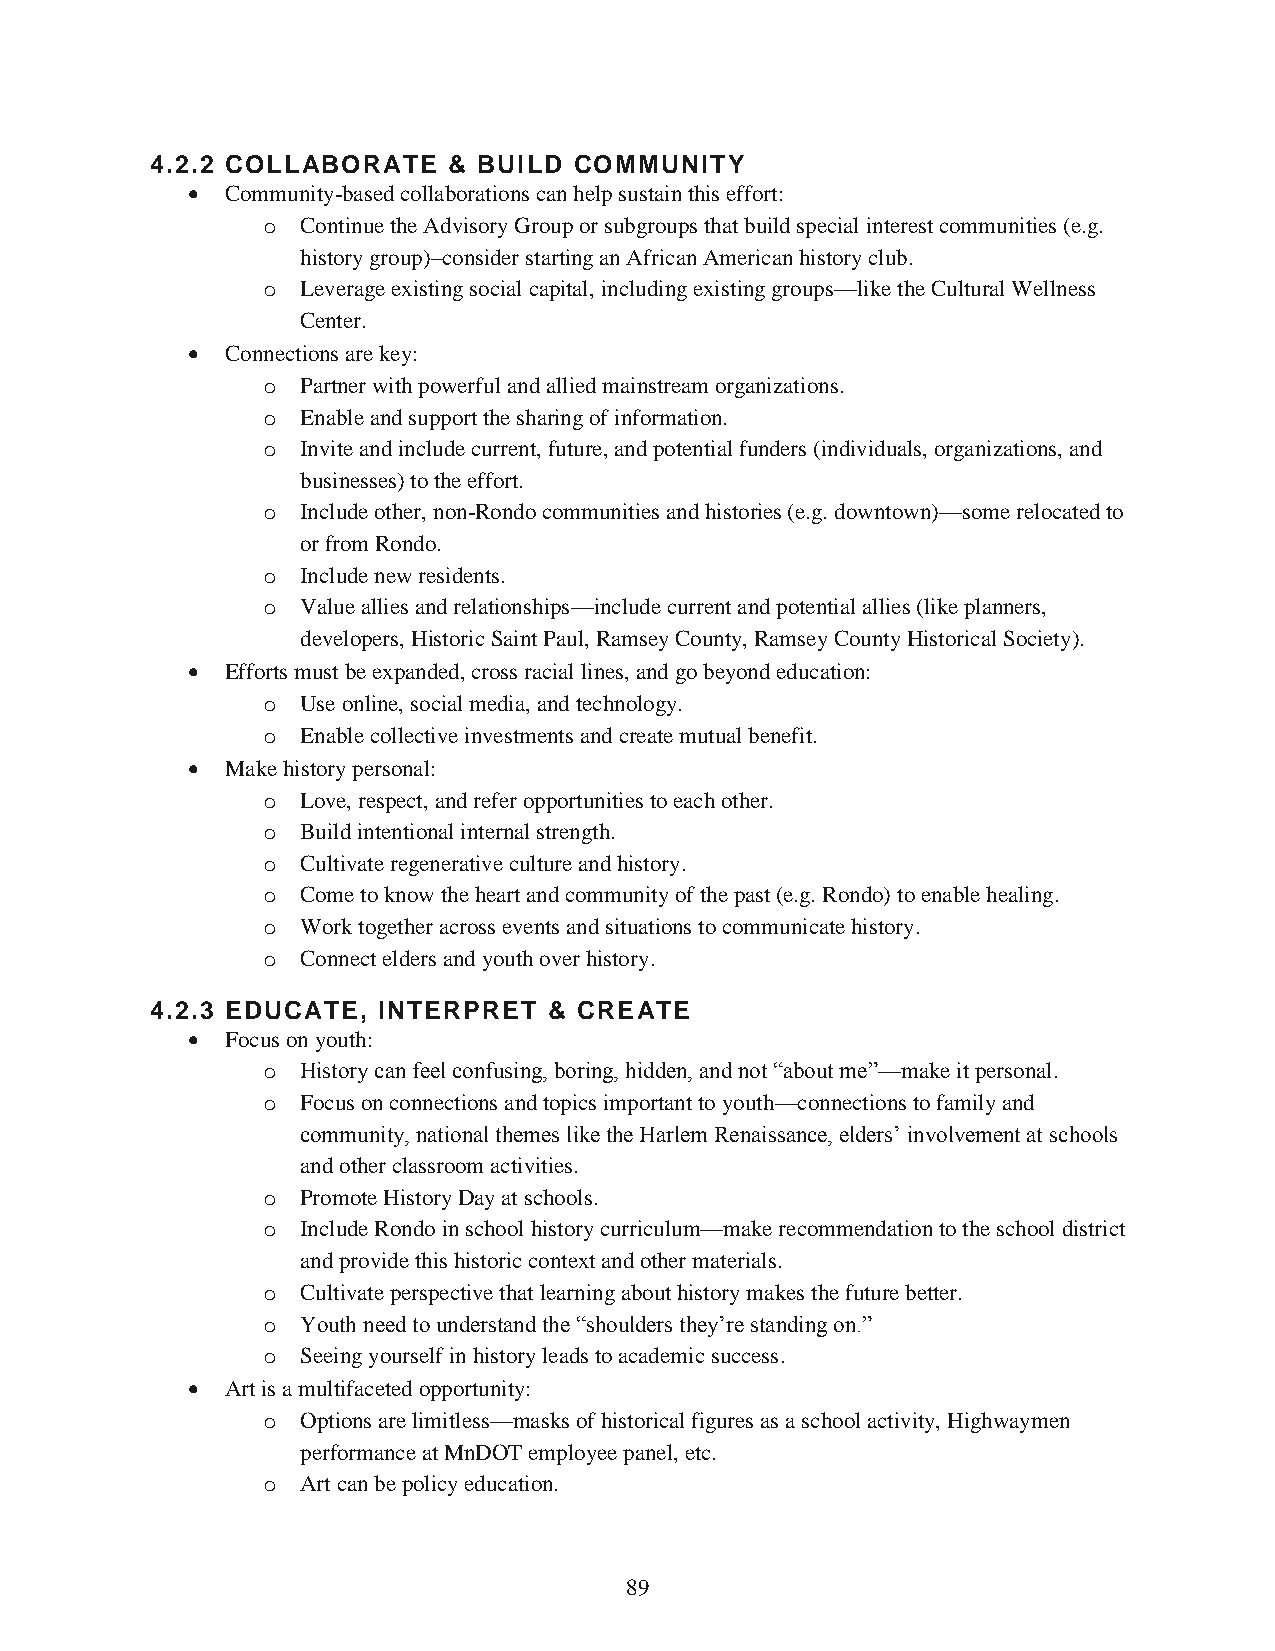
4.2.2 COLLABORATE   & BUILD COMMUNITY
   Community-based collaborations can help sustain this effort:
 o  Continue the Advisory Group or subgroups that build special interest communities (e.g.
 history group)–consider starting an African American history club.
 o  Leverage existing social capital, including existing groups—like the Cultural Wellness
 Center.
   Connections are key:
 o  Partner with powerful and allied mainstream organizations.
 o  Enable and support the sharing of information.
 o  Invite and include current, future, and potential funders (individuals, organizations, and
 businesses) to the effort.
 o  Include other, non-Rondo communities and histories (e.g. downtown)—some relocated to
 or from Rondo.
 o  Include new residents.
 o  Value allies and relationships—include current and potential allies (like planners,
 developers, Historic Saint Paul, Ramsey County, Ramsey County Historical Society).
   Efforts must be expanded, cross racial lines, and go beyond education:
 o  Use online, social media, and technology.
 o  Enable collective investments and create mutual benefit.
   Make history personal:
 o  Love, respect, and refer opportunities to each other.
 o  Build intentional internal strength.
 o  Cultivate regenerative culture and history.
 o  Come to know the heart and community of the past (e.g. Rondo) to enable healing.
 o  Work together across events and situations to communicate history.
 o  Connect elders and youth over history.
 4.2.3 EDUCATE, INTERPRET  & CREATE
   Focus on youth:
 o  History can feel confusing, boring, hidden, and not “about me”—make it personal.
 o  Focus on connections and topics important to youth—connections to family and
 community, national themes like the Harlem Renaissance, elders’ involvement at schools
 and other classroom activities.
 o  Promote History Day at schools.
 o  Include Rondo in school history curriculum—make recommendation to the school district
 and provide this historic context and other materials.
 o  Cultivate perspective that learning about history makes the future better.
 o  Youth need to understand the “shoulders they’re standing on.”
 o  Seeing yourself in history leads to academic success.
   Art is a multifaceted opportunity:
 o  Options are limitless—masks of historical figures as a school activity, Highwaymen
 performance at MnDOT employee panel, etc.
 o  Art can be policy education.
 89